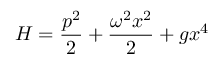
H = \frac { p ^ { 2 } } { 2 } + \frac { \omega ^ { 2 } x ^ { 2 } } { 2 } + g x ^ { 4 }